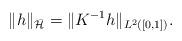
LaTeX: \begin{align*}\|h\|_{\bar{{\cal H}}}=\|K^{-1}h\|_{L^{2}([0,1])}.\end{align*}